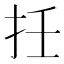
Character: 𢪭